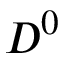
D ^ { 0 }